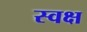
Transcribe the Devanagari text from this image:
स्वक्ष